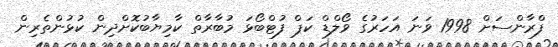
ފްރާންސަށް 1998 ވަނަ އަހަރުގެ ވޯލްޑް ކަޕް ފުޓްބޯޅަ މުބާރާތް ކާމިޔާބުކޮށްދިން ކުޅުންތެރިން